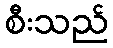
စီးသည်